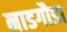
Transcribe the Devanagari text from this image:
नाडगौडा